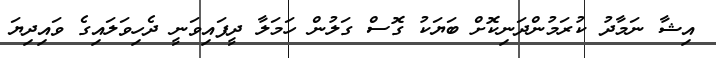
އިޝާ ނަމާދު ކުރަމުންދަނިކޮށް ބަޔަކު ގޮސް ގަލުން ހަމަލާ ދީފައިވަނީ ދެހިވަލައިގެ ވައިދިޔަ